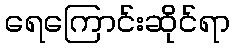
ရေကြောင်းဆိုင်ရာ